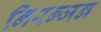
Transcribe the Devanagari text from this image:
निरन्जन